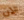
الان